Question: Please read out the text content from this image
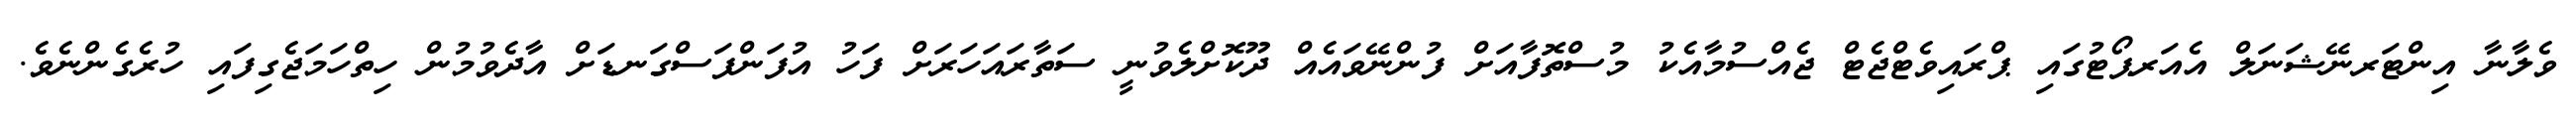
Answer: ވެލާނާ އިންޓަރނޭޝަނަލް އެއަރޕޯޓުގައި ޕްރައިވެޓްޖެޓް ޖެއްސުމާއެކު މުސްތޮފާއަށް ފުންނޭވައެއް ދޫކޮށްލެވުނީ ސަތާރައަހަރަށް ފަހު އުފަންފަސްގަނޑަށް އާދެވުމުން ހިތްހަމަޖެގިފައި ހުރެގެންނެވެ.